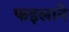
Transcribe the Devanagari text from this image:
फइलाने